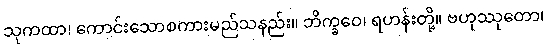
သုကထာ၊ ကောင်းသောစကားမည်သနည်း။ ဘိက္ခဝေ၊ ရဟန်းတို့။ ဗဟုဿုတော၊